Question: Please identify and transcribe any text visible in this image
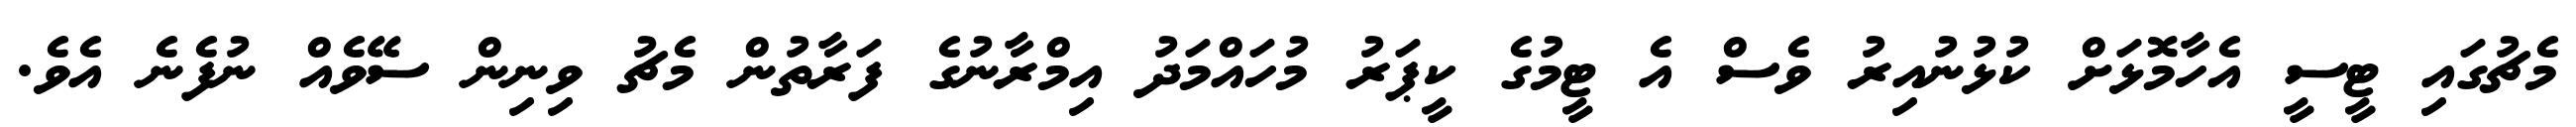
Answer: މެޗުގައި ޓީސީ އެހާމޮޅަށް ކުޅުނުއިރު ވެސް އެ ޓީމުގެ ކީޕަރު މުހައްމަދު އިމްރާނުގެ ފަރާތުން މެޗު ވިނިން ސޭވެއް ނުފެނެ އެވެ.